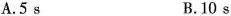
A.5s B.10s